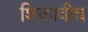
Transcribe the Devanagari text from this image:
शिकावीच